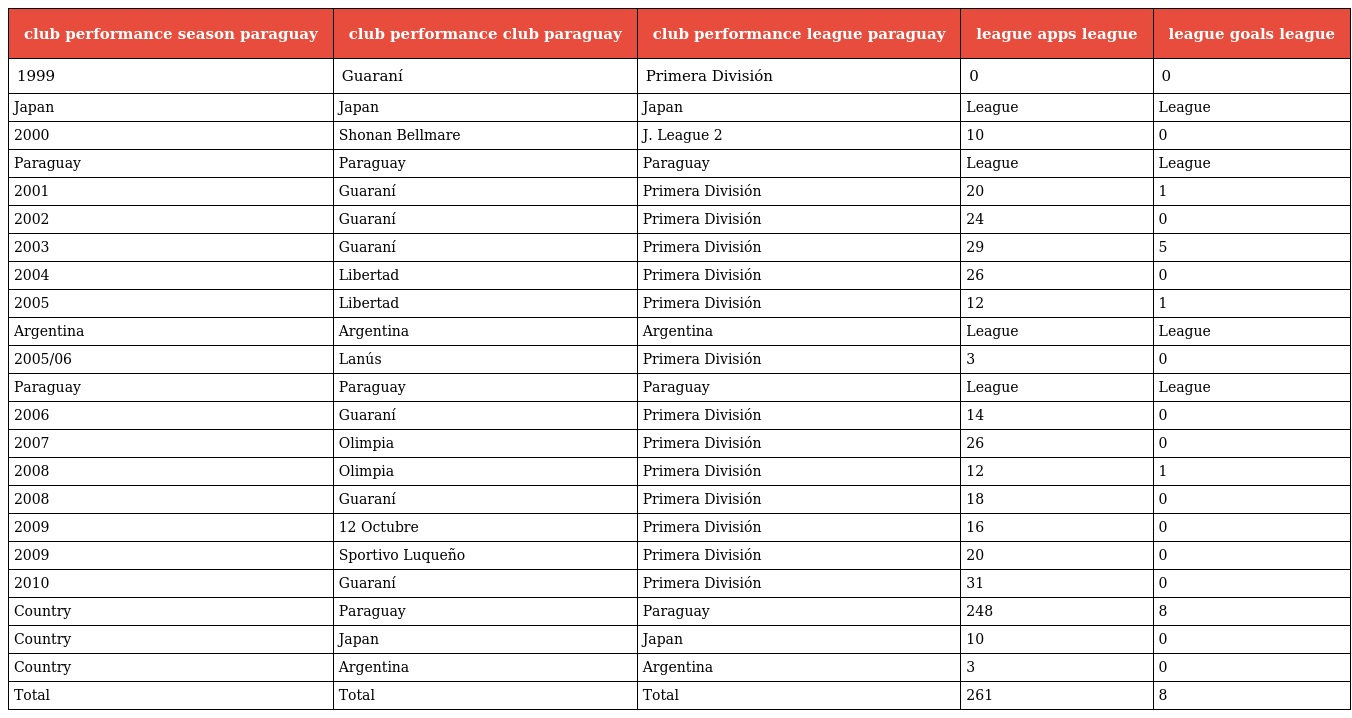
| club performance season paraguay | club performance club paraguay | club performance league paraguay | league apps league | league goals league |
 | --- | --- | --- | --- | --- |
 | 1999 | Guaraní | Primera División | 0 | 0 |
 | Japan | Japan | Japan | League | League |
 | 2000 | Shonan Bellmare | J. League 2 | 10 | 0 |
 | Paraguay | Paraguay | Paraguay | League | League |
 | 2001 | Guaraní | Primera División | 20 | 1 |
 | 2002 | Guaraní | Primera División | 24 | 0 |
 | 2003 | Guaraní | Primera División | 29 | 5 |
 | 2004 | Libertad | Primera División | 26 | 0 |
 | 2005 | Libertad | Primera División | 12 | 1 |
 | Argentina | Argentina | Argentina | League | League |
 | 2005/06 | Lanús | Primera División | 3 | 0 |
 | Paraguay | Paraguay | Paraguay | League | League |
 | 2006 | Guaraní | Primera División | 14 | 0 |
 | 2007 | Olimpia | Primera División | 26 | 0 |
 | 2008 | Olimpia | Primera División | 12 | 1 |
 | 2008 | Guaraní | Primera División | 18 | 0 |
 | 2009 | 12 Octubre | Primera División | 16 | 0 |
 | 2009 | Sportivo Luqueño | Primera División | 20 | 0 |
 | 2010 | Guaraní | Primera División | 31 | 0 |
 | Country | Paraguay | Paraguay | 248 | 8 |
 | Country | Japan | Japan | 10 | 0 |
 | Country | Argentina | Argentina | 3 | 0 |
 | Total | Total | Total | 261 | 8 |